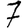
Digit: 7